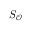
S _ { \mathcal { O } }